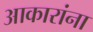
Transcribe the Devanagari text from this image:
आकारांना